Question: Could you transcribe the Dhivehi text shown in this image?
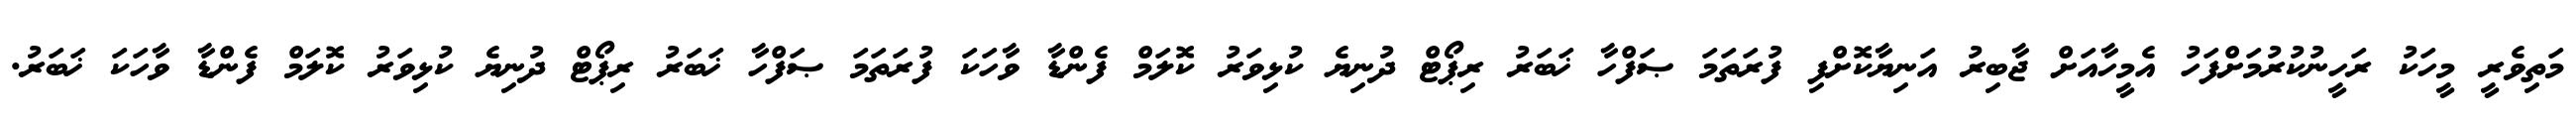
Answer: މަތިވެރީ މީހަކު ރަހީނުކުރުމަށްފަހު އެމީހާއަށް ޖާބިރު އަނިޔާކޮށްފި ފުރަތަމަ ޞަފްހާ ޚަބަރު ރިޕޯޓް ދުނިޔެ ކުޅިވަރު ކޮލަމް ފެންޑާ ވާހަކަ ފުރަތަމަ ޞަފްހާ ޚަބަރު ރިޕޯޓް ދުނިޔެ ކުޅިވަރު ކޮލަމް ފެންޑާ ވާހަކަ ޚަބަރު.